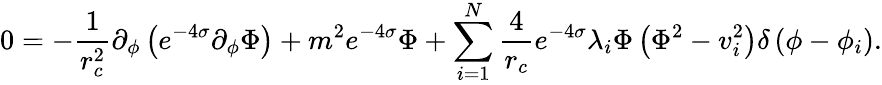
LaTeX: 0=-\frac{1}{r_{c}^{2}}\partial_{\phi}\left(e^{-4\sigma}\partial_{\phi}\Phi\right)+m^{2}e^{-4\sigma}\Phi+\sum_{i=1}^{N}\frac{4}{r_{c}}e^{-4\sigma}\lambda_{i}\Phi\left(\Phi^{2}-v_{i}^{2}\right)\delta\left(\phi-\phi_{i}\right).